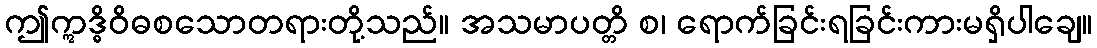
ဤဣဒ္ဓိဝိဓစသောတရားတို့သည်။ အသမာပတ္တိ စ၊ ရောက်ခြင်းရခြင်းကားမရှိပါချေ။